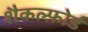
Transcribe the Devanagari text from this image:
शैकल्फ़ोर्ड